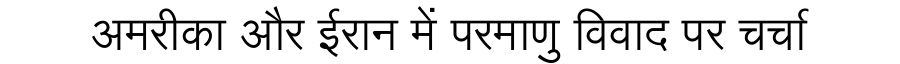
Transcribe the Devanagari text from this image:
अमरीका और ईरान में परमाणु विवाद पर चर्चा